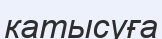
катысуға